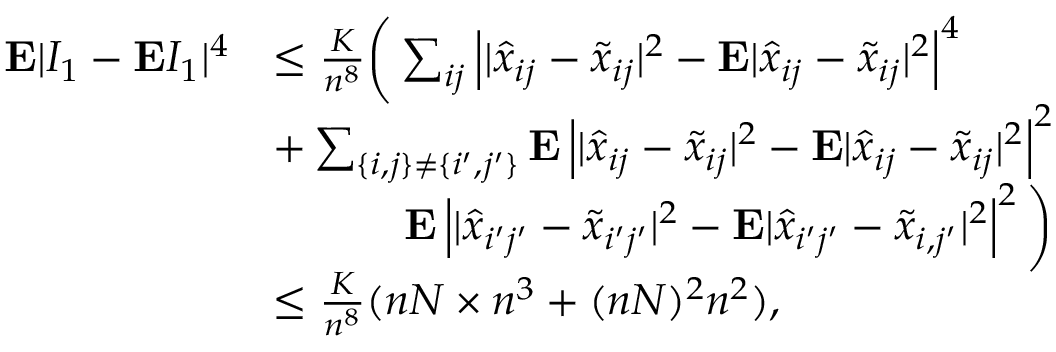
\begin{array} { r l } { { \bf E } \vert I _ { 1 } - { \bf E } I _ { 1 } \vert ^ { 4 } } & { \leq \frac K { n ^ { 8 } } \bigg ( \sum _ { i j } \left\vert \vert \hat { x } _ { i j } - \tilde { x } _ { i j } \vert ^ { 2 } - { \bf E } \vert \hat { x } _ { i j } - \tilde { x } _ { i j } \vert ^ { 2 } \right\vert ^ { 4 } } \\ & { + \sum _ { \{ i , j \} \neq \{ i ^ { \prime } , j ^ { \prime } \} } { \bf E } \left\vert \vert \hat { x } _ { i j } - \tilde { x } _ { i j } \vert ^ { 2 } - { \bf E } \vert \hat { x } _ { i j } - \tilde { x } _ { i j } \vert ^ { 2 } \right\vert ^ { 2 } } \\ & { \quad \quad \quad { \bf E } \left\vert \vert \hat { x } _ { i ^ { \prime } j ^ { \prime } } - \tilde { x } _ { i ^ { \prime } j ^ { \prime } } \vert ^ { 2 } - { \bf E } \vert \hat { x } _ { i ^ { \prime } j ^ { \prime } } - \tilde { x } _ { i , j ^ { \prime } } \vert ^ { 2 } \right\vert ^ { 2 } \bigg ) } \\ & { \le \frac K { n ^ { 8 } } ( n N \times n ^ { 3 } + ( n N ) ^ { 2 } n ^ { 2 } ) , } \end{array}